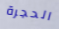
الحجرة